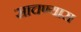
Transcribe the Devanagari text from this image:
साचण्यास